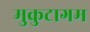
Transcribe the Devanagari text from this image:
मुकुटागम